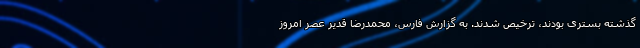
گذشته بستری بودند، ترخیص شدند. به گزارش فارس، محمدرضا قدیر عصر امروز